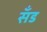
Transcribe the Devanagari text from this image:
सॅंड